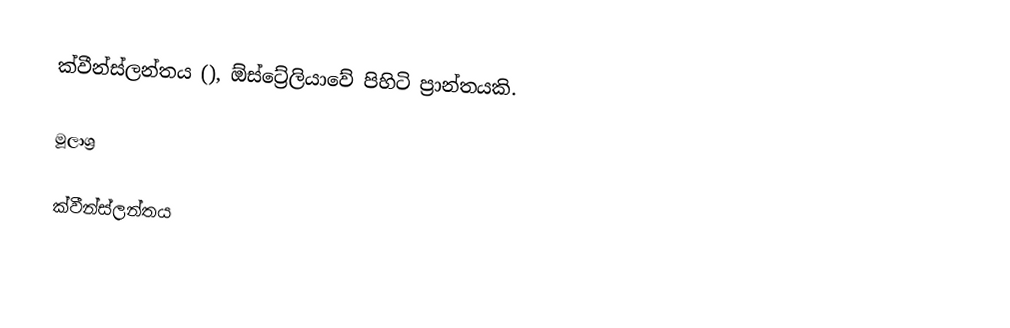
ක්වීන්ස්ලන්තය (), ඕස්ට්‍රේලියාවේ පිහිටි ප්‍රාන්තයකි.

මූලාශ්‍ර

ක්වීන්ස්ලන්තය